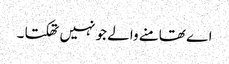
اے تھامنے والے جو نہیں تھکتا ۔